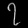
Digit: ၇